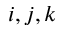
i , j , k